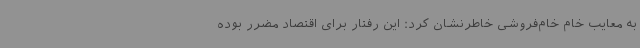
به معایب خام خام‌فروشی خاطرنشان کرد: این رفتار برای اقتصاد مضرر بوده